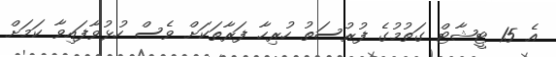
އެ 15 ޓީޝާޓް ގަތުމުގެ ފުރުސަތު ހުރިހާ ފަރާތަކަށް ވެސް ހުޅުވާފައިވާ ކަމަށް